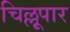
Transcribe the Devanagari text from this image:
चिल्लूपार